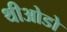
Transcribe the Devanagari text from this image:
थीओडो